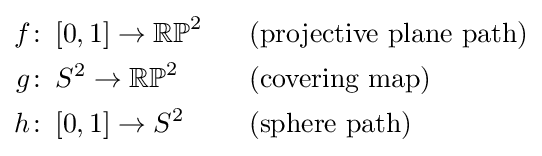
{\begin{aligned}f\colon \,&[0,1]\to \mathbb {RP} ^{2}&&\ {\text{ (projective plane path)}}\\g\colon \,&S^{2}\to \mathbb {RP} ^{2}&&\ {\text{ (covering map)}}\\h\colon \,&[0,1]\to S^{2}&&\ {\text{ (sphere path)}}\end{aligned}}